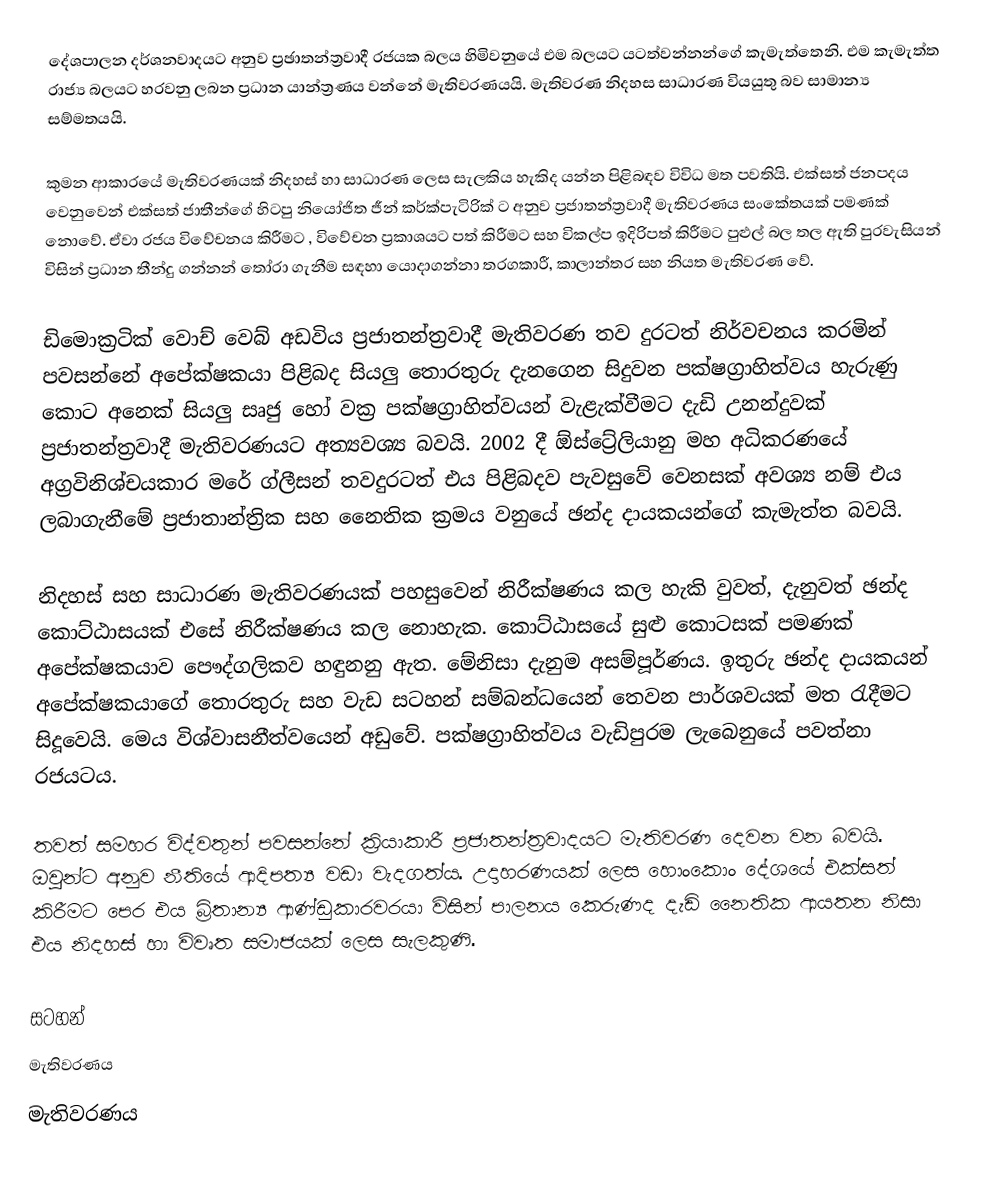
දේශපාලන දර්ශනවාදයට අනුව ප්‍රඡාතන්ත්‍රවාදී රජයක බලය හිමිවනුයේ එම බලයට යටත්වන්නන්ගේ කැමැත්තෙනි. එම කැමැත්ත රාජ්‍ය බලයට හරවනු ලබන ප්‍රධාන යාන්ත්‍රණය වන්නේ මැතිවරණයයි. මැතිවරණ නිදහස සාධාරණ වියයුතු බව සාමාන්‍ය සම්මතයයි.

කුමන ආකාරයේ මැතිවරණයක් නිදහස් හා සාධාරණ ලෙස සැලකිය හැකිද යන්න පිළිබඳව විවිධ මත පවතියි. එක්සත් ජනපදය වෙනුවෙන් එක්සත් ජාතීන්ගේ හිටපු නියෝජිත ජීන් කර්ක්පැටිරික් ට අනුව ප්‍රජාතන්ත්‍රවාදී මැතිවරණය සං‍කේතයක් පමණක් නොවේ. ඒවා රජය විවේචනය කිරීමට , විවේචන ප්‍රකාශයට පත් කිරීමට සහ විකල්ප ඉදිරිපත් කිරීමට පුළුල් බල තල ඇති පුරවැසියන් විසින් ප්‍රධාන තීන්දු ගන්නන් තෝරා ගැනීම සඳහා යොදාගන්නා තරගකාරී, කාලාන්තර සහ නියත මැතිවරණ වේ.

ඩිමොක්‍රටික් වොච් වෙබ් අඩවිය ප්‍රජාතන්ත්‍රවාදී මැතිවරණ තව දුරටත් නිර්වචනය කරමින් පවසන්නේ අපේක්ෂකයා පිළිබද සියලු තොරතුරු දැනගෙන සිදුවන පක්ෂග්‍රාහිත්වය හැරුණු කොට අනෙක් සියලු සෘජු හෝ වක්‍ර පක්ෂග්‍රාහිත්වයන් වැළැක්වීමට දැඩි උනන්දුවක් ප්‍රජාතන්ත්‍රවාදී මැතිවරණයට අත්‍යවශ්‍ය බවයි. 2002 දී ඕස්ට්‍රේලියානු මහ අධිකරණයේ අග්‍රවිනිශ්චයකාර මරේ ග්ලීසන් තවදුරටත් එය පිළිබදව පැවසුවේ වෙනසක් අවශ්‍ය නම් එය ලබාගැනීමේ ප්‍රජාතාන්ත්‍රික සහ නෛතික ක්‍රමය වනුයේ ඡන්ද දායකයන්ගේ කැමැත්ත බවයි.

නිදහස් සහ සාධාරණ මැතිවරණයක් පහසුවෙන් නිරීක්ෂණය කල හැකි වුවත්, දැනුවත් ඡන්ද කොට්ඨාසයක් එසේ නිරීක්ෂණය කල නොහැක. කොට්ඨාසයේ සුළු කොටසක් පමණක් අ‍පේක්ෂකයාව පෞද්ගලිකව හඳුනනු ඇත. මේනිසා දැනුම අසම්පූර්ණය. ඉතුරු ඡන්ද දායකයන් අපේක්ෂකයාගේ තොරතුරු සහ වැඩ සටහන් සම්බන්ධයෙන් තෙවන පාර්ශවයක් මත රැදීමට සිදූවෙයි. මෙය විශ්වාසනීත්වයෙන් අඩුවේ. පක්ෂග්‍රාහිත්වය වැඩිපුරම ලැබෙනුයේ පවත්නා රජයටය.

තවත් සමහර විද්වතුන් පවසන්නේ ක්‍රියාකාරී ප්‍රජාතන්ත්‍රවාදයට මැතිවරණ දෙවන වන බවයි. ඔවුන්ට අනුව නීතියේ ආදිපත්‍ය වඩා වැදගත්ය. උදාහරණයක් ලෙස හොංකොං දේශයේ එක්සත් කිරීමට පෙර එය බ්‍රිතාන්‍ය ආණ්ඩුකාරවරයා විසින් පාලනය කෙරුණද දැඩි නෛතික ආයතන නිසා එය නිදහස් හා විවෘත සමාජයක් ලෙස සැලකුණි.

සටහන්
මැතිවරණය
 මැතිවරණය